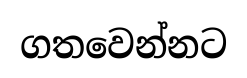
ගතවෙන්නට